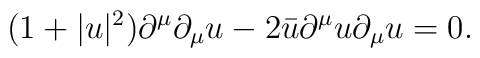
(1+|u|^2)\partial^{\mu}\partial_{\mu}u  -2\bar{u}\partial^{\mu}u\partial_{\mu}u =0.